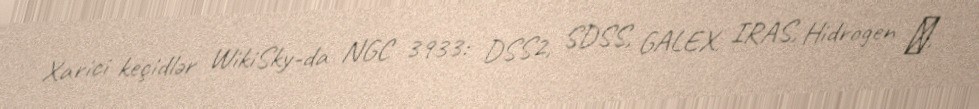
Xarici keçidlər WikiSky-da NGC 3933: DSS2, SDSS, GALEX, IRAS, Hidrogen α,